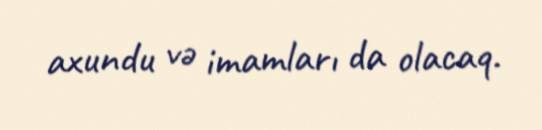
axundu və imamları da olacaq.